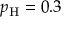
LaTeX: p _ { \mathrm { H } } = 0 . 3